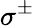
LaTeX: \sigma^{\pm}